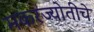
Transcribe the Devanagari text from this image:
मकरज्योतीचे